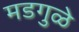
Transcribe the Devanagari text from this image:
मडगुळे